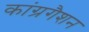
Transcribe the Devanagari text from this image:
कांग्रगैशन